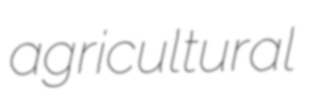
agricultural